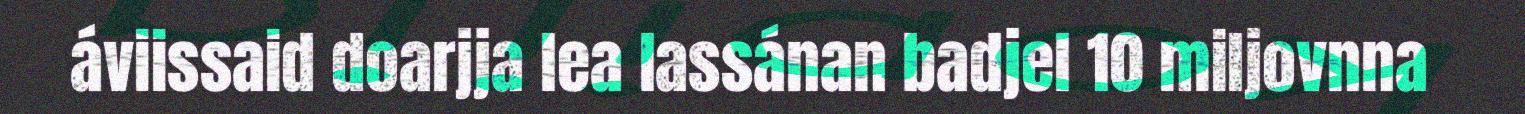
áviissaid doarjja lea lassánan badjel 10 miljovnna